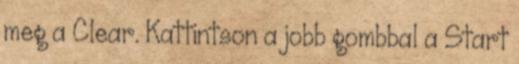
meg a Clear. Kattintson a jobb gombbal a Start